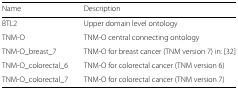
<table><thead><tr><td><b>Name</b></td><td><b>Description</b></td></tr></thead><tbody><tr><td>BTL2</td><td>Upper domain level ontology</td></tr><tr><td>TNM-O</td><td>TNM-O central connecting ontology</td></tr><tr><td>TNM-O_breast_7</td><td>TNM-O for breast cancer (TNM version 7) in: [32]</td></tr><tr><td>TNM-O_colorectal_6</td><td>TNM-O for colorectal cancer (TNM version 6)</td></tr><tr><td>TNM-O_colorectal_7</td><td>TNM-O for colorectal cancer (TNM version 7)</td></tr></tbody></table>